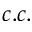
c . c .